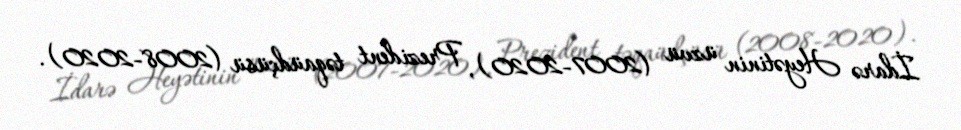
İdarə Heyətinin üzvü (2007-2020), Prezident təqaüdçüsü (2008-2020).